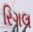
રિગલ